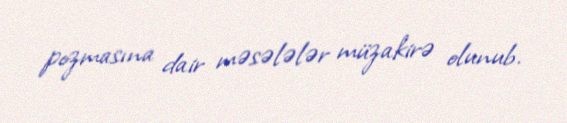
pozmasına dair məsələlər müzakirə olunub.